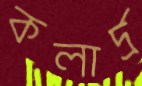
কলার্দ্র